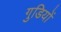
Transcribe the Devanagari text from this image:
गुडियों